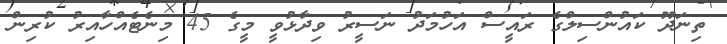
ތިނަދޫ ކައުންސިލްގެ ރައީސް އަހުމަދު ނަސީރު ވިދާޅުވީ މީގެ 45 މިނެޓެއްހާއިރު ކުރިން